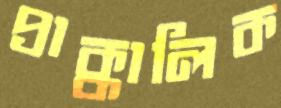
প্রাক্কালিক